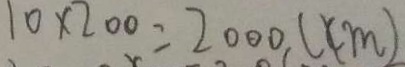
1 0 \times 2 0 0 = 2 0 0 0 ( c m )